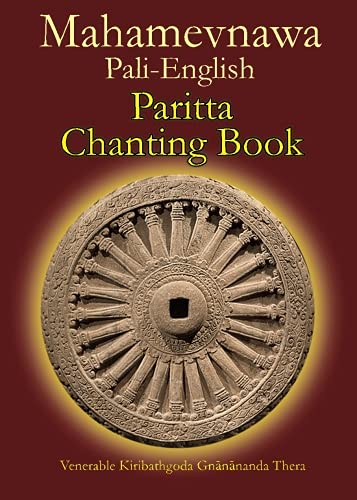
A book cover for Mahamevnawa Pali-English Paritta Chanting Book; Ven. Kiribathgoda Gnanananda Thero; Religion & Spirituality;